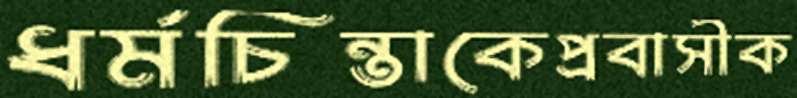
ধর্মচিন্তাকেপ্রবাসীক